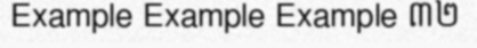
Example Example Example ៣២